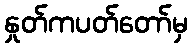
နှုတ်ကပတ်တော်မှ